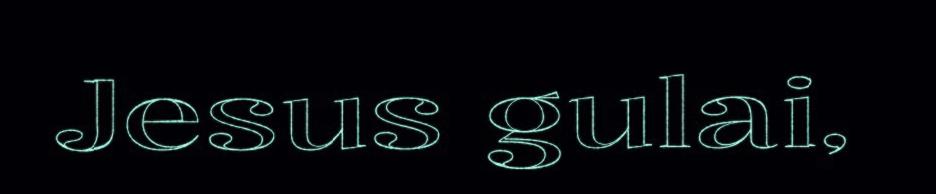
Jesus gulai,